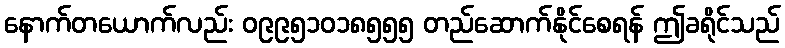
နောက်တယောက်လည်း ၀၉၉၅၁၀၁၈၅၅၅ တည်ဆောက်နိုင်စေရန် ဤခရိုင်သည်